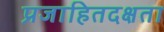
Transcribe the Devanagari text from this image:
प्रजाहितदक्षता